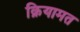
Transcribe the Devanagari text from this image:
क़ियामत